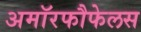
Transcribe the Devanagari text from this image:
अमॉरफौफेलस